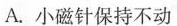
A.小磁针保持不动